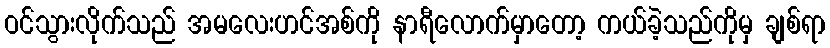
ဝင်သွားလိုက်သည် အမလေးဟင်အစ်ကို နာရီလောက်မှာတော့ ကယ်ခဲ့သည်ကိုမှ ချစ်ရာ